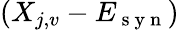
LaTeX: (X_{j,v}-E_{\mathrm{~s~y~n~}})